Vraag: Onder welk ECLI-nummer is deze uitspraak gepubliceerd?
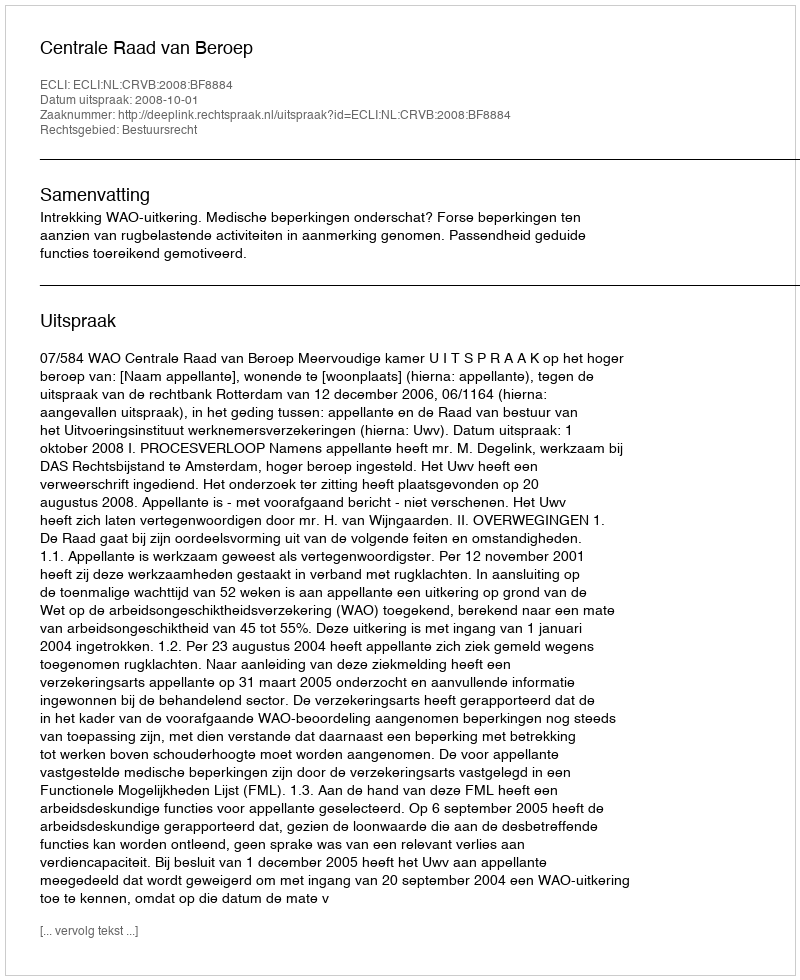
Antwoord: ECLI:NL:CRVB:2008:BF8884